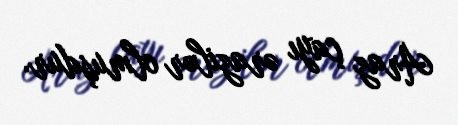
Araz çayı ərazilər olmuşdur.